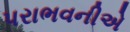
પરાભવનીએ